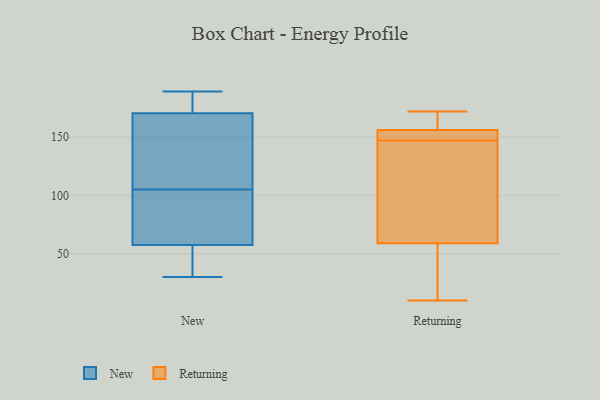
{"axis": {"x": "Website Visitors", "y": "Value"}, "legend": ["New", "Returning"], "data": [{"x": "", "y": 179, "type": "New"}, {"x": "", "y": 95, "type": "New"}, {"x": "", "y": 133, "type": "New"}, {"x": "", "y": 35, "type": "New"}, {"x": "", "y": 189, "type": "New"}, {"x": "", "y": 105, "type": "New"}, {"x": "", "y": 93, "type": "New"}, {"x": "", "y": 120, "type": "New"}, {"x": "", "y": 115, "type": "New"}, {"x": "", "y": 91, "type": "New"}, {"x": "", "y": 51, "type": "New"}, {"x": "", "y": 176, "type": "New"}, {"x": "", "y": 154, "type": "New"}, {"x": "", "y": 182, "type": "New"}, {"x": "", "y": 30, "type": "New"}, {"x": "", "y": 189, "type": "New"}, {"x": "", "y": 54, "type": "New"}, {"x": "", "y": 68, "type": "New"}, {"x": "", "y": 40, "type": "New"}, {"x": "", "y": 156, "type": "Returning"}, {"x": "", "y": 59, "type": "Returning"}, {"x": "", "y": 167, "type": "Returning"}, {"x": "", "y": 154, "type": "Returning"}, {"x": "", "y": 10, "type": "Returning"}, {"x": "", "y": 145, "type": "Returning"}, {"x": "", "y": 29, "type": "Returning"}, {"x": "", "y": 146, "type": "Returning"}, {"x": "", "y": 148, "type": "Returning"}, {"x": "", "y": 172, "type": "Returning"}]}